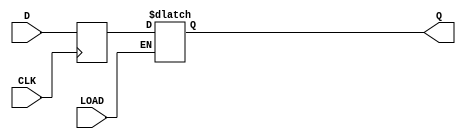
module dff_synchronous_load (
    input wire D,
    input wire CLK,
    input wire LOAD,
    output reg Q
);

reg internal_Q;

always @ (posedge CLK) begin
    internal_Q <= D;
end

always @ (*) begin
    if (LOAD) begin
        Q <= internal_Q;
    end
end

endmodule